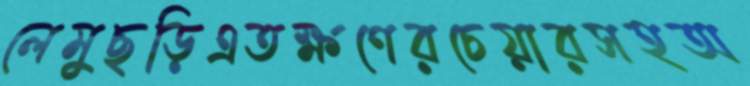
লেমুছড়িএতক্ষণেরচেয়ারসহঅ